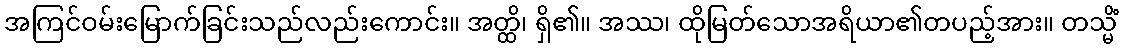
အကြင်ဝမ်းမြောက်ခြင်းသည်လည်းကောင်း။ အတ္ထိ၊ ရှိ၏။ အဿ၊ ထိုမြတ်သောအရိယာ၏တပည့်အား။ တသ္မိံ